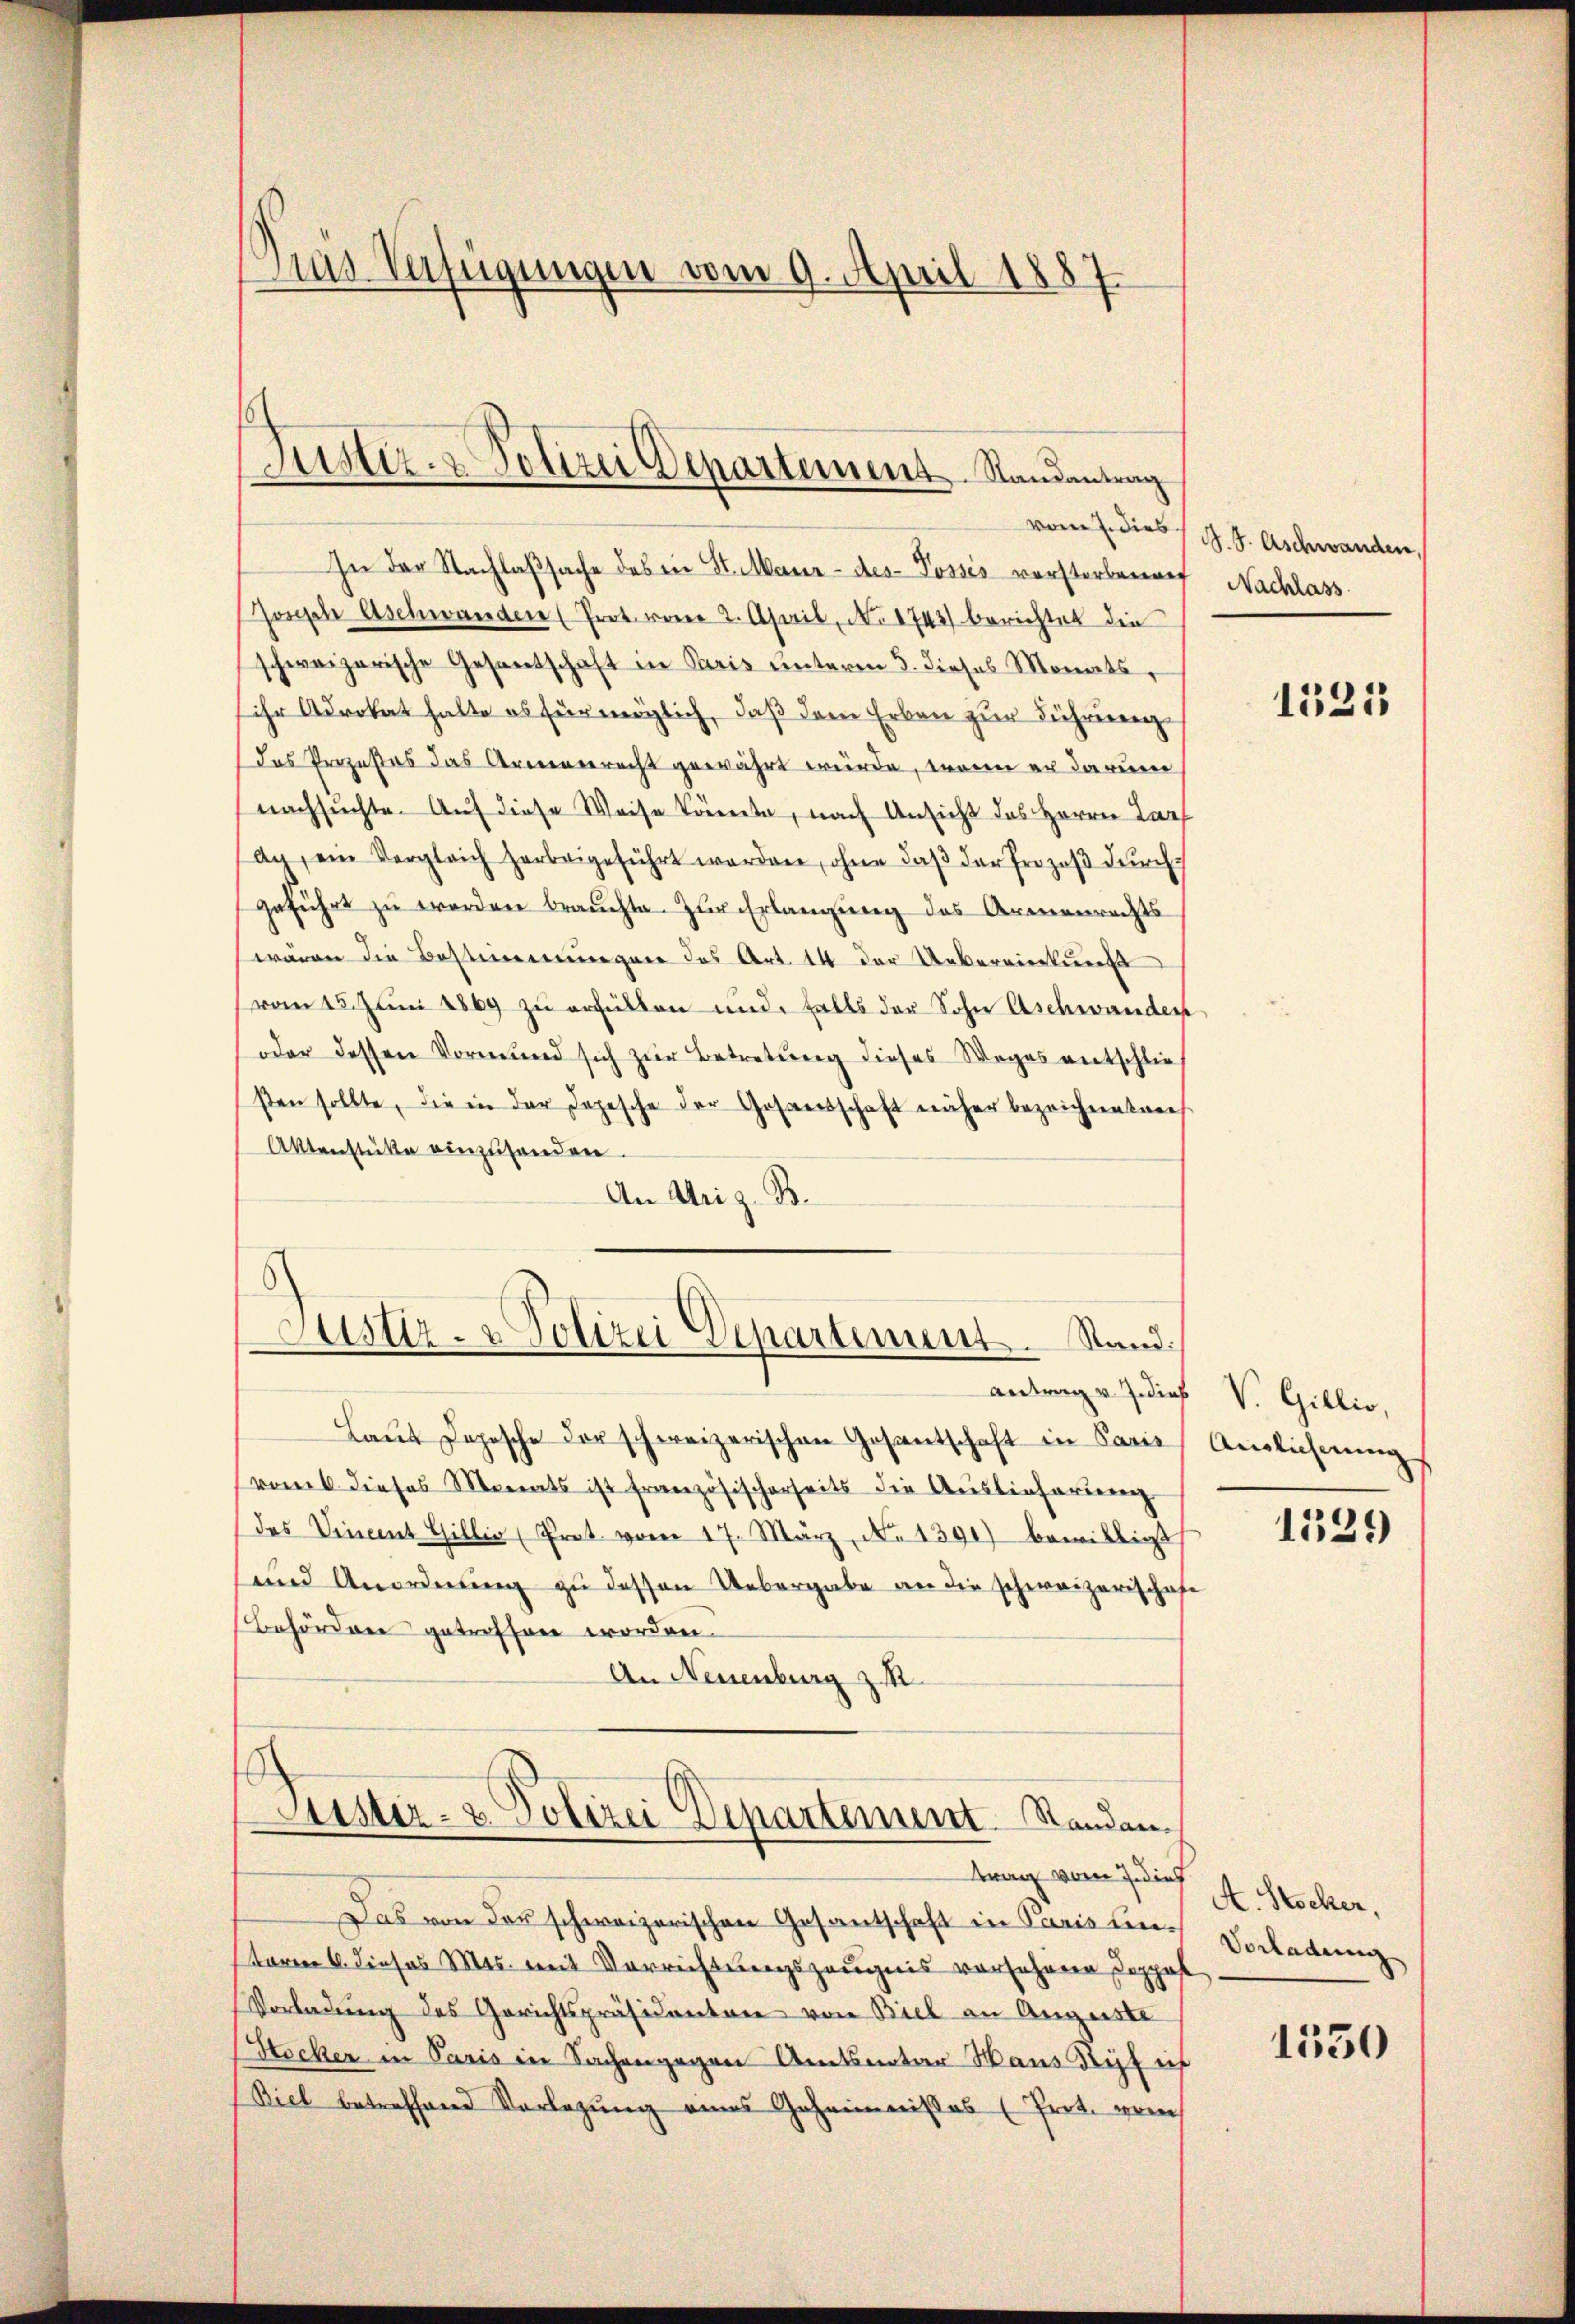
Das Verfügungen vom 9. April 1887

vom 7. dies
In der Nachlaßsache des in St. Manne - des Posses vorsterbenauf Nachlass
Joseph Aschwanden (Prot. von 2. April, No 1742) berichtet die
schweizerische Gesantschaft in Kreis unterm 5. dieses Monats,
ihr Advokat halte es für möglich, daß den Erben zur Führerenz¬
Das Prozeßes das Armengerecht gewährt wurde, wenn er darum
nachsuchte. Auf diese Weise könnte, nach Ansicht des Herrn Darf
ag, ein Vergleich herbeigeführt werden, ohne daβ der Prozeβ dŭrch
geführt zu werden brauchte. Zur Erlangung des Armenrechts
wären die Bestimmungen des Art. 14 der Uebereinkunft
vom 15. Juni 1869 zu erfüllen und falls der Sohn Aschwander
oder dessen Vormund sich zur Betretung dieses Weges entschlie
sen sollte, die in der Depesche der Gesandschaft näher bezeichnet auf
Aktenstücke einzuhanden.
An Uri z. B.
s
Justiz- & Polizei Departement. Stand
Antrag v. J. dies
Laut Depesche der schweizerischen Gesantschaft in Paris
vom 6. dieses Monats ist französischerseits die Auslieferung
das Vincent Gillis (Trat vom 17. März, No 1391) bewilligt
und Anordnung zu dessen Uebergabe an die schweizerischaf
Behörden getroffen worden.
An Neuenburg z. R.
Puster- & Polizei Departement. Randantrag vom 7 dies
Das von der schweizerischen Gesantschaft in Paris untoren 6. dieses Mts. mit Verrichtungszeugnis vorsehenen Doppel
Vorladung des Gerichtspräsidenten von Biel an Auguste
Stocker in Paris in Sachengegen Amtsnotar Haus Kipf is
Biel betreffend Vorlegung eines Geheimnisses (Prot. pres

Justiz- & Polizei Departement. Randantrag

S. S. Aschwanden.

1525

V. Gillio,
Auslichnung

1329

A. Stocker,
Vorladung
1530